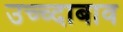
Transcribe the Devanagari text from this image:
उच्च्दाबाव